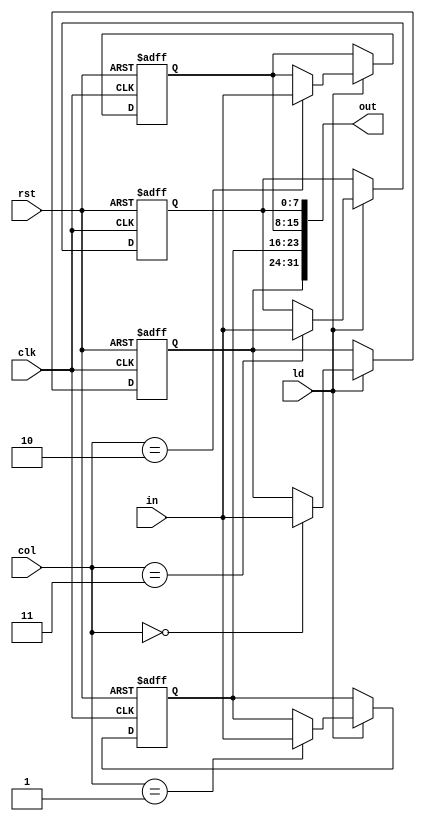
module Buffer_1_4(clk, rst, ld, col, in, out);
    input clk, rst, ld;
    input [1:0] col;
    input [7:0] in;
    output [31:0] out;

    reg [7:0] buffer[0:3];

    integer i;

    always @(posedge clk or posedge rst) begin
        
        if (rst) 
            for (i = 0; i < 4; i = i + 1)
                buffer[i] <= 8'b0;

        else if (ld)
            buffer[col] <= in;
    end

    assign out = {buffer[0], buffer[1], buffer[2], buffer[3]};
endmodule